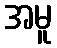
အမူ